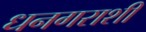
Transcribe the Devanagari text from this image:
धनगराशी